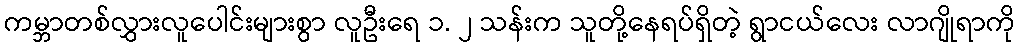
ကမ္ဘာတစ်လွှားလူပေါင်းများစွာ လူဦးရေ ၁. ၂ သန်းက သူတို့နေရပ်ရှိတဲ့ ရွာငယ်လေး လာဂျိုရာကို